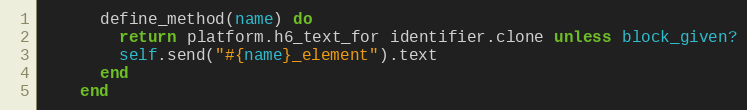
Language: Ruby
      define_method(name) do
        return platform.h6_text_for identifier.clone unless block_given?
        self.send("#{name}_element").text
      end
    end